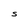
Character: S